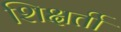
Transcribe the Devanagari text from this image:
शिक्षर्ती